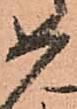
如